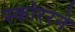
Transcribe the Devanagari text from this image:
स्कोररने